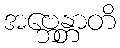
အဗ္ဘေန္တာတိ